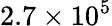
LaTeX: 2.7\times 10^{5}